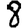
Digit: 8